Annual report of the Madras Medical College
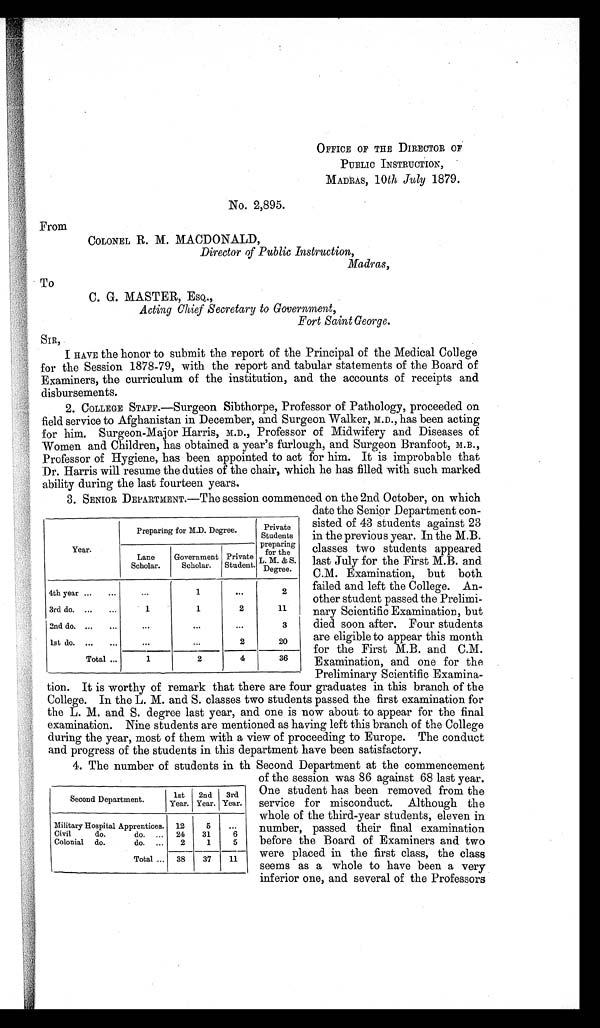
OFFICE OF THE DIRECTOR OF
PUBLIC INSTRUCTION,
MADRAS,
10th July 1879.
No. 2,895.
From
COLONEL R. M. MACDONALD,
Director of Public Instruction,
Madras,
To
C. G. MASTER, ESQ.,
Acting Chief Secretary to Government,
Fort Saint George.
SIR,
I HAVE the honor to submit the report of the Principal of the Medical College
for the Session 1878-79, with the report and tabular statements of the Board of
Examiners, the curriculum of the institution, and the accounts of receipts and
disbursements.
2. COLLEGE STAFF.—Surgeon Sibthorpe, Professor of Pathology, proceeded on
field service to Afghanistan in December, and Surgeon Walker, M.D., has been acting
for him. Surgeon-Major Harris, M.D., Professor of Midwifery and Diseases of
Women and Children, has obtained a year's furlough, and Surgeon Branfoot, M.B.,
Professor of Hygiene, has been appointed to act for him. It is improbable that
Dr. Harris will resume the duties of the chair, which he has filled with such marked
ability during the last fourteen years.
3. SENIOR DEPARTMENT.—The session commenced on the 2nd October, on which
date the Senior Department con-
sisted of 43 students against 23
in the previous year. In the M.B.
classes two students appeared
last July for the First M.B. and
C.M. Examination, but both
failed and left the College. An-
other student passed the Prelimi-
nary Scientific Examination, but
died soon after. Four students
are eligible to appear this month
for the First M.B. and C.M.
Examination, and one for the
Preliminary Scientific Examina-
tion. It is worthy of remark that there are four graduates in this branch of the
College. In the L. M. and S. classes two students passed the first examination for
the L. M. and S. degree last year, and one is now about to appear for the final
examination. Nine students are mentioned as having left this branch of the College
during the year, most of them with a view of proceeding to Europe. The conduct
and progress of the students in this department have been satisfactory.
4. The number of students in th Second Department at the commencement
of the session was 86 against 68 last year.
One student has been removed from the
service for misconduct. Although the
whole of the third-year students, eleven in
number, passed their final examination
before the Board of Examiners and two
were placed in the first class, the class
seems as a whole to have been a very
inferior one, and several of the Professors
Year.
Preparing for M.D. Degree.
Private
Students
preparing
the
for
L. M. & S.
Degree.
Lane
Scholar.
Government
Scholar.
Private
Student.
4th year ...
... ...
1
...
2
3rd do. ...
...
1
1
2
11
2nd do. ...
...
... ...
3
1st do. ...
...
...
...
2
20
Total ...
1
2
4
36
Second Department.
1st
Year.
2nd
Year.
3rd
Year.
Military Hospital Apprentices. 12
5
...
Civil
do.
do. ... 24
31
6
Colonial do.
do. ...
2
1
5
Total ... 38
37
11